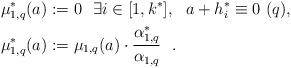
LaTeX: \begin{align*}\mu_{1,q}^*(a) &:= 0 \ \ \exists i \in [1, k^*], \ \ a + h_i^* \equiv 0 \ (q),\\\mu_{1,q}^*(a) &:= \mu_{1,q}(a) \cdot \frac{\alpha_{1,q}^*}{\alpha_{1,q}} \ \ .\end{align*}